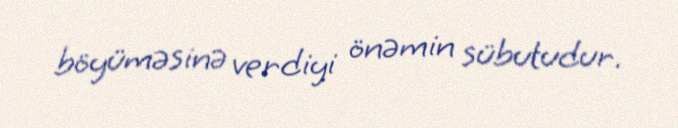
böyüməsinə verdiyi önəmin sübutudur.